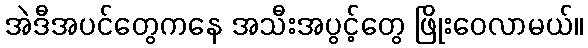
အဲဒီအပင်တွေကနေ အသီးအပွင့်တွေ ဖြိုးဝေလာမယ်။